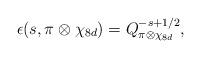
LaTeX: \begin{align*} \epsilon(s, \pi \otimes \chi_{8d})=Q^{-s+1/2}_{\pi \otimes \chi_{8d}},\end{align*}